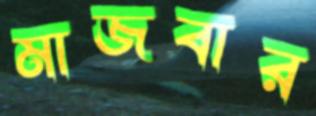
মাজবার